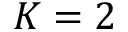
K = 2